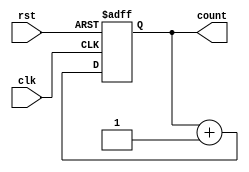
module counter (
    input wire clk,
    input wire rst,
    output reg [7:0] count
);

parameter COUNTER_BITS = 8;

always @(posedge clk or posedge rst) begin
    if (rst) begin
        count <= 0;
    end else begin
        count <= count + 1;
    end
end

endmodule